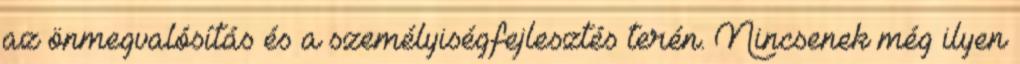
az önmegvalósítás és a személyiségfejlesztés terén. Nincsenek még ilyen